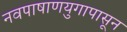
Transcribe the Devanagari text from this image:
नवपाषाणयुगापासून